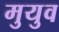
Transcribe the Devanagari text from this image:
मुयुव